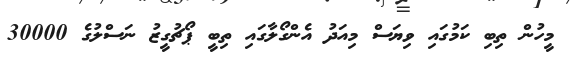
މީހުން ތިބި ކަމުގައި ވިޔަސް މިއަދު އެންގޯލާގައި ތިބީ ޕޯޗުގީޒު ނަސްލުގެ 30000